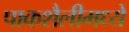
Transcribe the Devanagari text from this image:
पाकशैलीमध्ये